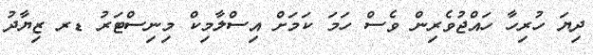
ދިޔަ ހުރިހާ ހައްޖުވެރިން ވެސް ހަމަ ކަމަށް އިސްލާމިކް މިނިސްޓަރު ޑރ ޒިޔާދު